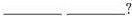
___ ___?